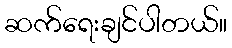
ဆက်ရေးချင်ပါတယ်။